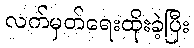
လက်မှတ်ရေးထိုးခဲ့ပြီး